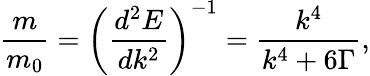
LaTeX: \frac{m}{{{m_{0}}}}={\left({\frac{{{d^{2}}E}}{{d{k^{2}}}}}\right)^{-1}}=\frac{{{k^{4}}}}{{{k^{4}}+6\Gamma}},